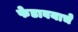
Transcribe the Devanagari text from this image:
फेडावयाचे